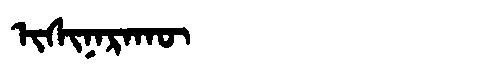
Manchu: ᡳᠰᡳᠨᠠᡵᠠᡴᡡ
Romanization: ISINARAKŪ